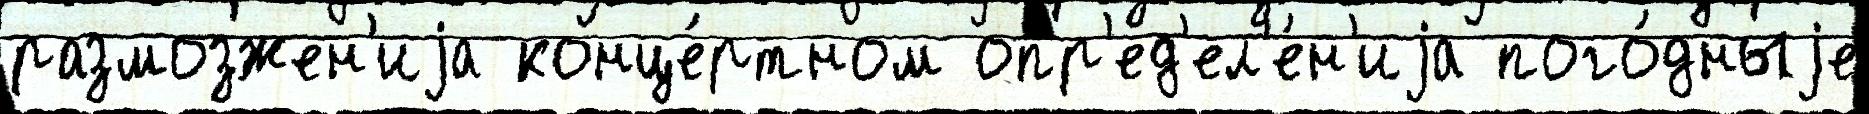
размозжен'иjа конце́ртном опр'ед'ел'е́н'иjа пого́дныjе